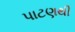
પાટણથી